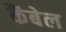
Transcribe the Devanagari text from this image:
कैंबेल